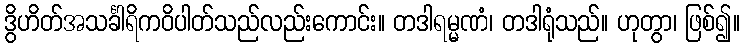
ဒွိဟိတ်အသင်္ခါရိကဝိပါတ်သည်လည်းကောင်း။ တဒါရမ္မဏံ၊ တဒါရုံသည်။ ဟုတွာ၊ ဖြစ်၍။